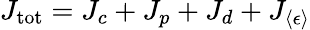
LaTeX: J_{\mathrm{tot}}=J_{c}+J_{p}+J_{d}+J_{\langle\epsilon\rangle}